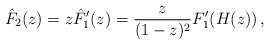
\begin{align*}\hat F_2(z)=z\hat F_1'(z) = \frac{z}{(1-z)^2} F_1'(H(z)) \,,\end{align*}